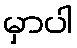
မှာပါ